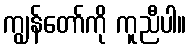
ကျွန်တော်ကို ကူညီပါ။